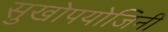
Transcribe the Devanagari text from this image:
सुखोपयोजिनी